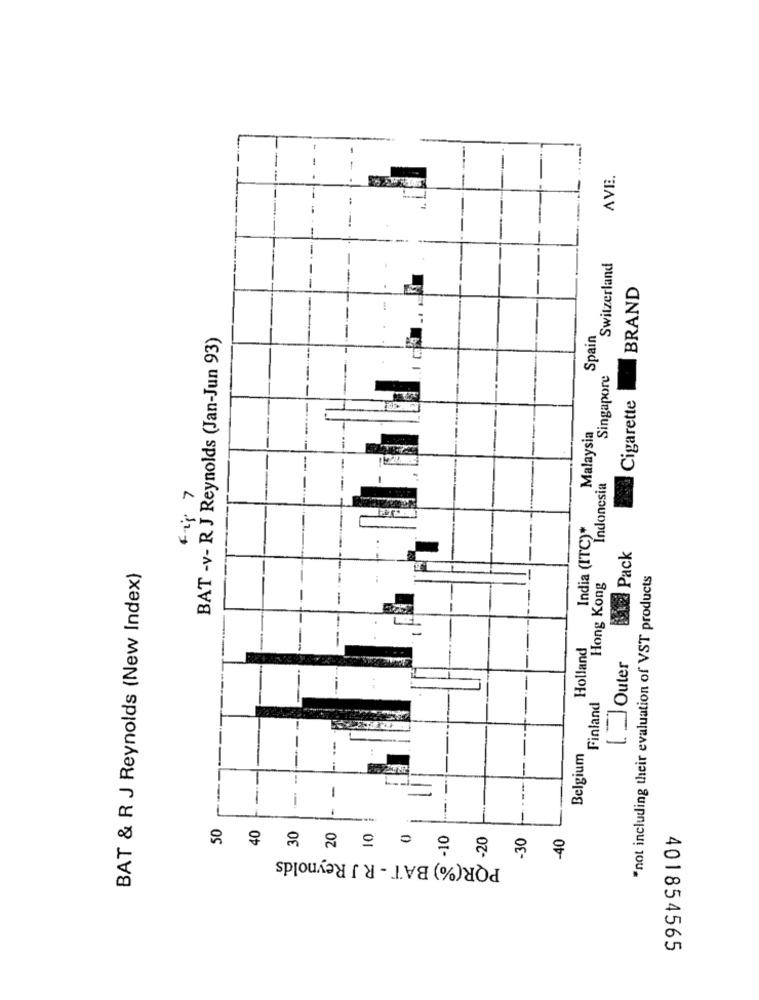
AVE.
Switzerland
-
BRAND
BAT -v- R J Reynolds (Jan-Jun 93)
Spain
Singapore
Cigarette
Malaysia
Indonesia
India (ITC)*
Pack
BAT & R J Reynolds (New Index)
"not including their evaluation of VST products
Hong Kong
Holland
[ _ Outer
Finland
Belgium
-
-
-
50
10
30
.10
.30
-40
PQR(%) BAT - R J Reynolds
401854565